Vaccination in the Punjab 1919-1929 - 1919-1929
Year: 1919
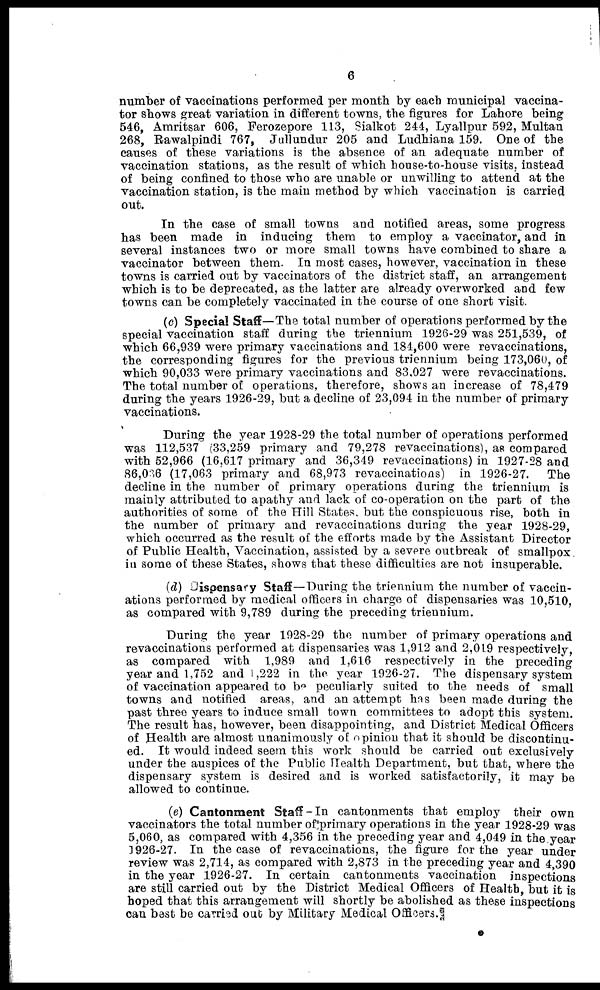
6
number of vaccinations performed per month by each municipal vaccina-
tor shows great variation in different towns, the figures for Lahore being
546, Amritsar 606, Ferozepore 113, Sialkot 244, Lyallpur 592, Multan
268, Rawalpindi 767, Jullundur 205 and Ludhiana 159. One of the
causes of these variations is the absence of an adequate number of
vaccination stations, as the result of which house-to-house visits, instead
of being confined to those who are unable or unwilling to attend at the
vaccination station, is the main method by which vaccination is carried
out.
In the case of small towns and notified areas, some progress
has been made in inducing them to employ a vaccinator, and in
several instances two or more small towns have combined to share a
vaccinator between them. In most cases, however, vaccination in these
towns is carried out by vaccinators of the district staff, an arrangement
which is to be deprecated, as the latter are already overworked and few
towns can be completely vaccinated in the course of one short visit.
(c) Special Staff—The total number of operations performed by the
special vaccination staff during the triennium 1926-29 was 251,539, of
which 66,939 were primary vaccinations and 184,600 were revaccinations,
the corresponding figures for the previous triennium being 173,060, of
which 90,033 were primary vaccinations and 83,027 were revaccinations.
The total number of operations, therefore, shows an increase of 78,479
during the years 1926-29, but a decline of 23,094 in the number of primary
vaccinations.
During the year 1928-29 the total number of operations performed
was 112,537 (33,259 primary and 79,278 revaccinations), as compared
with 52,966 (16,617 primary and 36,349 revaccinations) in 1927-28 and
86,036 (17,063 primary and 68,973 revaccinations) in 1926-27. The
decline in the number of primary operations during the triennium is
mainly attributed to apathy and lack of co-operation on the part of the
authorities of some of the Hill States, but the conspicuous rise, both in
the number of primary and revaccinations during the year 1928-29,
which occurred as the result of the efforts made by the Assistant Director
of Public Health, Vaccination, assisted by a severe outbreak of smallpox
in some of these States, shows that these difficulties are not insuperable.
(d) Dispensary Staff—During the triennium the number of vaccin-
ations performed by medical officers in charge of dispensaries was 10,510,
as compared with 9,789 during the preceding triennium.
During the year 1928-29 the number of primary operations and
revaccinations performed at dispensaries was 1,912 and 2,019 respectively,
as compared with 1,989 and 1,616 respectively in the preceding
year and 1,752 and 1,222 in the year 1926-27. The dispensary system
of vaccination appeared to be peculiarly suited to the needs of small
towns and notified areas, and an attempt has been made during the
past three years to induce small town committees to adopt this system.
The result has, however, been disappointing, and District Medical Officers
of Health are almost unanimously of opinion that it should be discontinu-
ed. It would indeed seem this work should be carried out exclusively
under the auspices of the Public Health Department, but that, where the
dispensary system is desired and is worked satisfactorily, it may be
allowed to continue.
(e) Cantonment Staff—In cantonments that employ their own
vaccinators the total number of primary operations in the year 1928-29 was
5,060, as compared with 4,356 in the preceding year and 4,049 in the year
1926-27. In the case of revaccinations, the figure for the year under
review was 2,714, as compared with 2,873 in the preceding year and 4,390
in the year 1926-27. In certain cantonments vaccination inspections
are still carried out by the District Medical Officers of Health, but it is
hoped that this arrangement will shortly be abolished as these inspections
can best be carried out by Military Medical Officers.